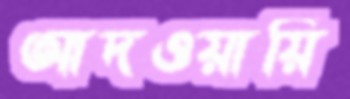
আদওয়ায়ি